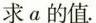
求α的值.